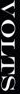
VOLTS